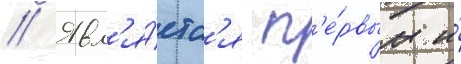
// Явл'я́етс'я п'е́рвым и́